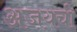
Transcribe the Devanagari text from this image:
अजयची